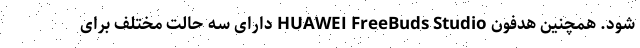
شود. همچنین هدفون HUAWEI FreeBuds Studio دارای سه حالت مختلف برای